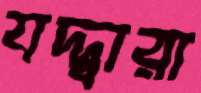
যদ্দ্বারা